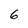
Character: 6